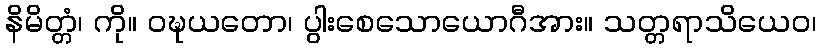
နိမိတ္တံ၊ ကို။ ဝဍ္ဎယတော၊ ပွါးစေသောယောဂီအား။ သတ္တရာသိယေဝ၊